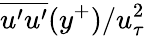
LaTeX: \overline{{u^{\prime}u^{\prime}}}(y^{+})/u_{\tau}^{2}